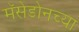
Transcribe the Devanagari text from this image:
मॅसेडोनच्या